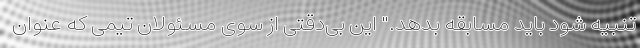
تنبیه شود باید مسابقه بدهد." این بی‌دقتی از سوی مسئولان تیمی که عنوان